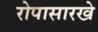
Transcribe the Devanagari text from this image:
रोपासारखे